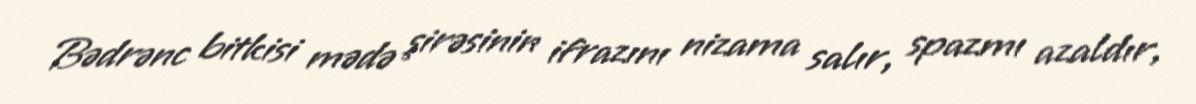
Bədrənc bitkisi mədə şirəsinin ifrazını nizama salır, spazmı azaldır,